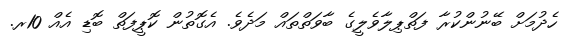
ހެދުމަށް ބޭނުންކުރާ ފަތްޕިލާވެލީގެ ބާވަތްތައް މަދެވެ. އެގޮތުން ކޮޕީފަތް ބޮޑި އެއް 10ރ.